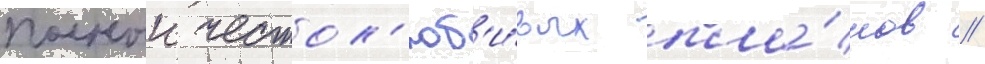
полныи честол'юб'и́вых пла́нов //